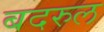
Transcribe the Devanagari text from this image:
बदरुल